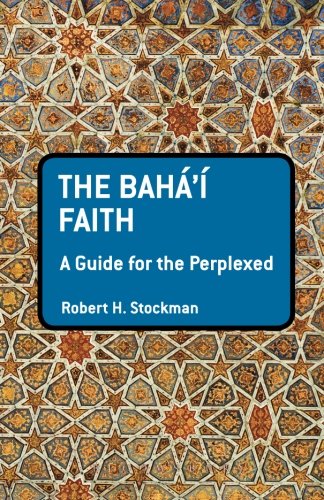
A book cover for The Baha'i Faith: A Guide For The Perplexed (Guides for the Perplexed); Robert H. Stockman; Religion & Spirituality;